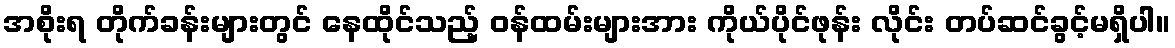
အစိုးရ တိုက်ခန်းများတွင် နေထိုင်သည့် ဝန်ထမ်းများအား ကိုယ်ပိုင်ဖုန်း လိုင်း တပ်ဆင်ခွင့်မရှိပါ။